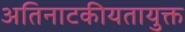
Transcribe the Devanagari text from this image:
अतिनाटकीयतायुक्त